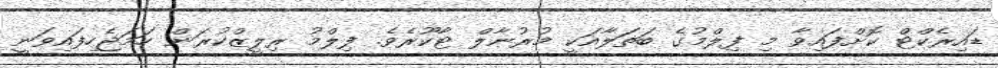
ޑައިރެކްޓް ކޮށްފައިވާ މި ފިލްމުގެ ބަތަލާއަކީ މުރުނާލް ޓާކޫރެވެ. ފިލްމު ރިލީޒްކުރަން ހަމަޖެހިފައިވަނީ